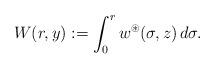
LaTeX: \begin{align*}W(r,y):=\int_{0}^{r}w^{\circledast}(\sigma,z)\,d\sigma.\end{align*}